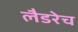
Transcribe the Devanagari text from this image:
लैडरेच